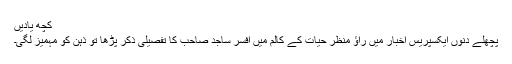
کچھ یادیں
پچھلے دنوں ایکسپریس اخبار میں راؤ منظر حیات کے کالم میں افسر ساجد صاحب کا تفصیلی ذکر پڑھا تو ذہن کو مہمیز لگی۔